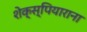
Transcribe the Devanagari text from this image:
शेक्स्पियाराना